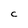
Character: C